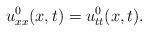
LaTeX: \begin{align*}u_{xx}^0(x,t)=u^0_{tt}(x,t).\end{align*}